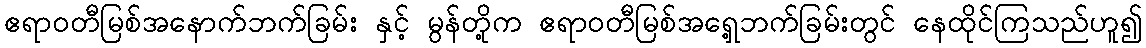
ဧရာဝတီမြစ်အနောက်ဘက်ခြမ်း နှင့် မွန်တို့က ဧရာဝတီမြစ်အရှေ့ဘက်ခြမ်းတွင် နေထိုင်ကြသည်ဟူ၍